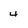
Character: 4